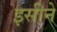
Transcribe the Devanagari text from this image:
इसीने